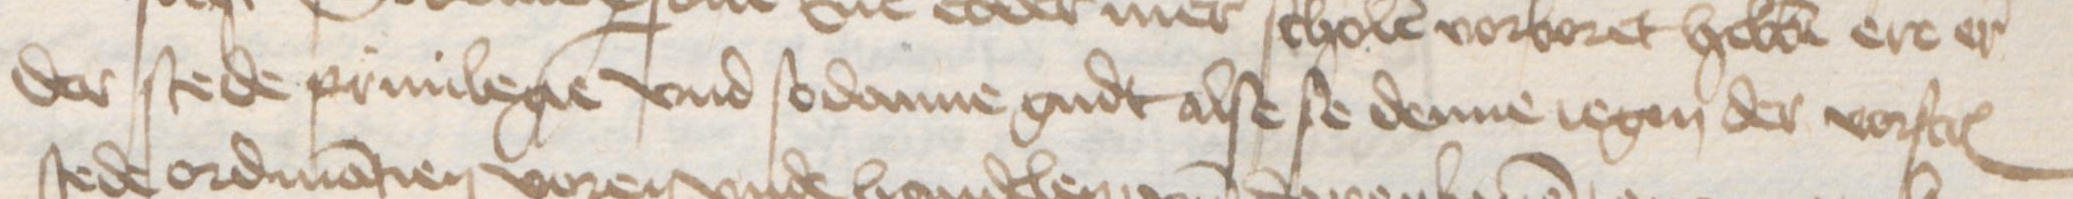
Transcription: der stede priuilegie vnd sodanne gudt alse se denne iegen der vorstcreuen